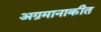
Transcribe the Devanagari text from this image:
अग्रमानाकीत